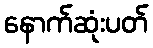
နောက်ဆုံးပတ်